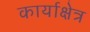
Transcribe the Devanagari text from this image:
कार्याक्षेत्र